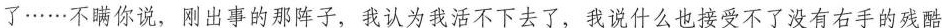
了……不瞒你说，刚出事的那阵子，我认为我活不下去了，我说什么也接受不了没有右手的残酷